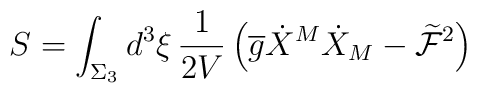
S = \int_{\Sigma_{3}} d^{3}\xi\,\frac{1}{2V} \left(\overline{g}\dot{X}^{M}\dot{X}_{M} -\widetilde{\mathcal{F}}^{2}\right)